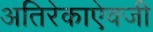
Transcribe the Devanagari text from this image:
अतिरेकाऐवजी